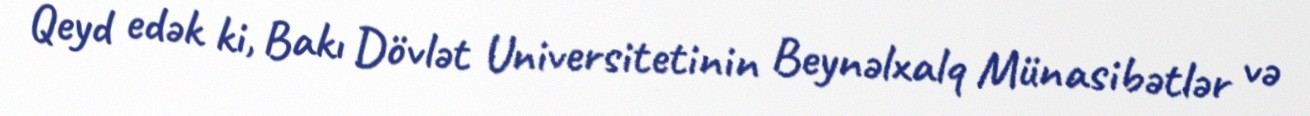
Qeyd edək ki, Bakı Dövlət Universitetinin Beynəlxalq Münasibətlər və